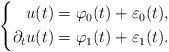
LaTeX: \begin{align*} \left\{ \begin{aligned} u(t) &= \varphi_0(t) + \varepsilon_0(t), \\ \partial_t u(t) &= \varphi_1(t) + \varepsilon_1(t). \end{aligned} \right.\end{align*}